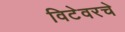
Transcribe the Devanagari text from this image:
विटेवरचे